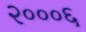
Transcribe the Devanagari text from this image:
२०००६